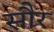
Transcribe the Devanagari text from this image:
साैर